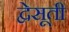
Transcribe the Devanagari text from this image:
द्वेसूती